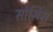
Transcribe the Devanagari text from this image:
सोसिस